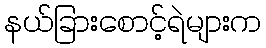
နယ်ခြားစောင့်ရဲများက